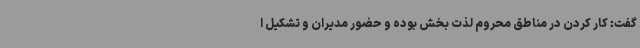
گفت: کار کردن در مناطق محروم لذت بخش بوده و حضور مدیران و تشکیل ا